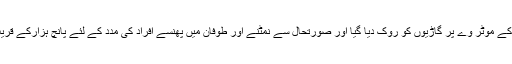
برفانی طوفان کے باعث فرانس کے موٹر وے پر گاڑیوں کو روک دیا گیا اور صورتحال سے نمٹنے اور طوفان میں پھنسے افراد کی مدد کے لئے پانچ ہزارکے قریب پولیس نفری کو متعین کیا گیا۔